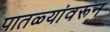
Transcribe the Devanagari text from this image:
पातळ्यांवरून